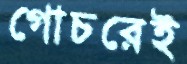
গোচরেই